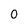
Character: 0